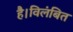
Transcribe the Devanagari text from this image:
है।विलंबित